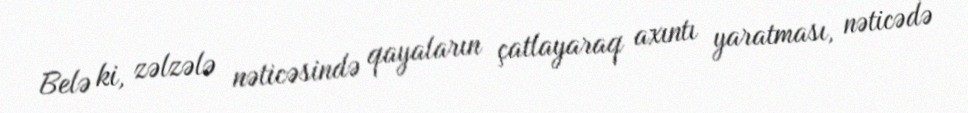
Belə ki, zəlzələ nəticəsində qayaların çatlayaraq axıntı yaratması, nəticədə